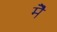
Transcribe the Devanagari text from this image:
मेॆ